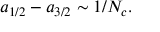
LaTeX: a _ { 1 / 2 } - a _ { 3 / 2 } \sim 1 / N _ { c } .